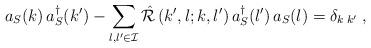
LaTeX: \begin{align*}a_S(k)\,a_S^{\dagger}(k')-\sum\limits_{l,l' \in {\cal I}}{\hat {\cal R}}\left(k', l;k, l' \right)a_S^{\dagger}(l')\,a_S(l)=\delta_{k\;k'}\;,\end{align*}